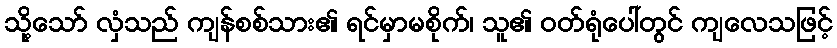
သို့သော် လှံသည် ကျန်စစ်သား၏ ရင်မှာမစိုက်၊ သူ၏ ဝတ်ရုံပေါ်တွင် ကျလေသဖြင့်